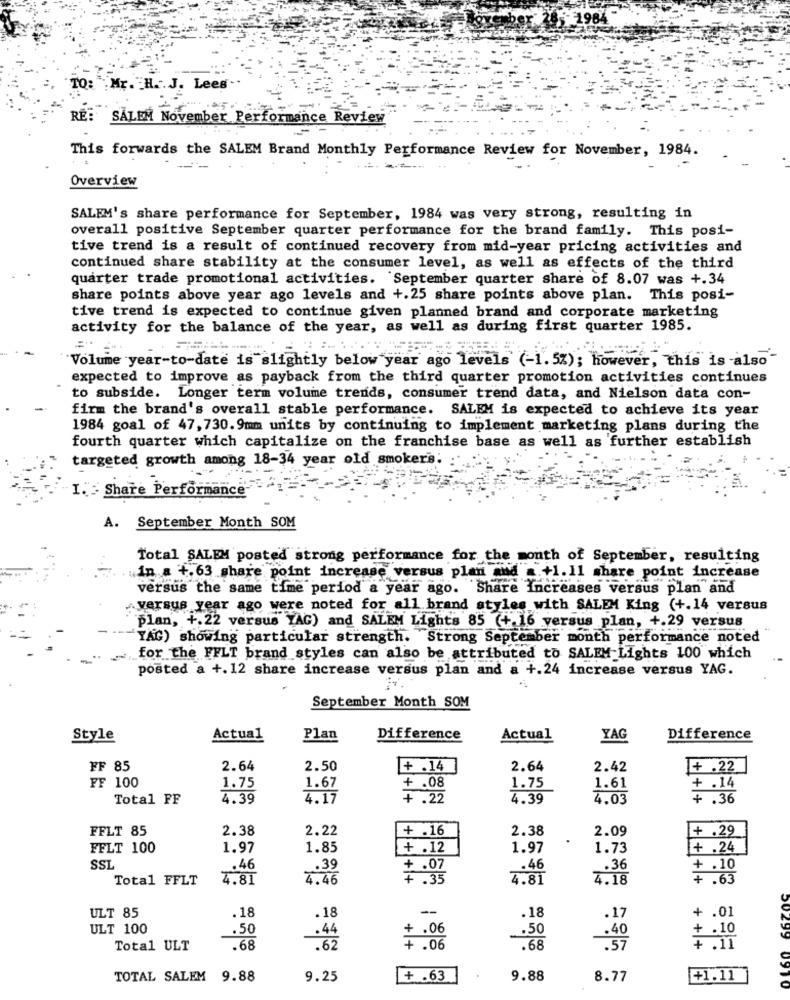
TO: Mr. H. J. Lees-
RE: SALEM November Performance Review
This forwards the SALEM Brand Monthly Performance Review for November, 1984.
Overview
SALEM's share performance for September, 1984 was very strong, resulting in
overall positive September quarter performance for the brand family. This posi-
tive trend is a result of continued recovery from mid-year pricing activities and
continued share stability at the consumer level, as well as effects of the third
quarter trade promotional activities. September quarter share of 8.07 was +.34
share points above year ago levels and +.25 share points above plan. This posi-
tive trend is expected to continue given planned brand and corporate marketing
activity for the balance of the year, as well as during first quarter 1985.
Volume year-to-date is slightly below year ago levels (-1.5%); however, this is -also
expected to improve as payback from the third quarter promotion activities continues
to subside. Longer term volume trends, consumer trend data, and Nielson data con-
firm the brand's overall stable performance. SALEM is expected to achieve its year
1984 goal of 47, 730.9mm units by continuing to implement marketing plans during the
fourth quarter which capitalize on the franchise base as well as further establish
targeted growth among 18-34 year old smokers;
I. Share Performance
A. September Month SOM
Total SALEM posted strong performance for the month of September, resulting
in a +.63 share point increase versus plan and a +1. 11 share point increase
versus the same time period a year ago. Share Increases versus plan and
versus year ago were noted for all brand styles with SALEM King (+.14 versus
plan, +.22 versus TAG) and SALEM Lights 85 (+ 16 versus plan, +.29 versus
TAG) showing particular strength. Strong September month performance noted
for the FFLT brand styles can also be attributed to SALEM Lights 100 which
posted a +.12 share increase versus plan and a +.24 increase versus YAG.
September Month SOM
Style
Actual
Plan
Difference
Actual
YAG
Difference
FF 85
2.64
2.50
+ .14
2.64
2.42
+ .22
FF 100
1.75
1.67
+ .08
1.75
1.61
+ .14
Total FF
4.39
4.17
+.22
4.39
4.03
+.36
FFLT 85
2.38
2.22
+ .16
2.38
2.09
+ .29
FFLT 100
1.97
1.85
+ .12
1.97
1.73
+ .24
SSL
.39
.46
.36
+ .10
Total FFLT
4.81
4.46
7 : 35
4.18
.18
--
ULT 85
.18
.18
.17
+ .01
ULT 100
+ .06
.50
.44
-- 50
.40
Total ULT
.68
.62
+.06
+ : 11
TOTAL SALEM
9.88
9.25
+ .63
9.88
8.77
+1.11
09TO